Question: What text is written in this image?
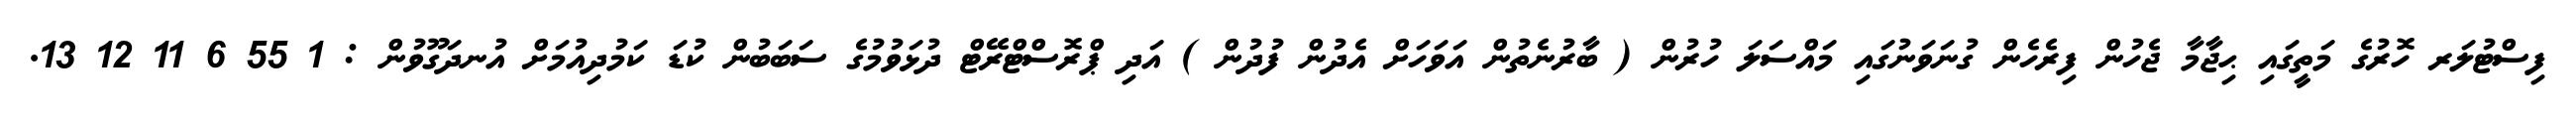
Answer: ފިސްޓުލަރ ހޮރުގެ މަތީގައި ޙިޖާމާ ޖެހުން ފިރެހެން ގުނަވަނުގައި މައްސަލަ ހުރުން ( ބާރުނެތުން އަވަހަށް އެދުން ފުދުން ) އަދި ޕްރޮސްޓްރޭޓް ދުޅަވުމުގެ ސަބަބުން ކުޑަ ކަމުދިއުމަށް އުނދަގޫވުން : 1 55 6 11 12 13.